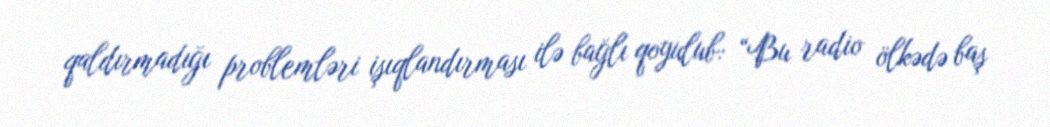
qaldırmadığı problemləri işıqlandırması ilə bağlı qoyulub: “Bu radio ölkədə baş